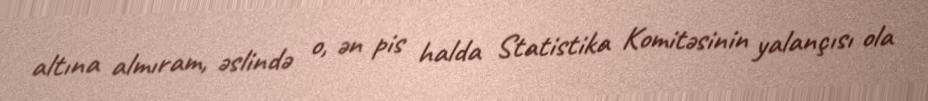
altına almıram, əslində o, ən pis halda Statistika Komitəsinin yalançısı ola